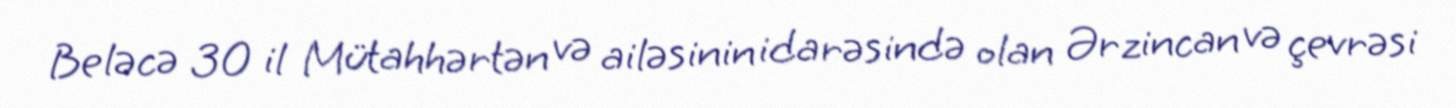
Beləcə 30 il Mütahhərtən və ailəsinin idarəsində olan Ərzincan və çevrəsi